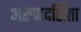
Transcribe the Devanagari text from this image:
अरुणदर्शिता